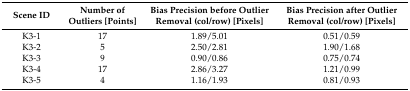
<table><thead><tr><td><b>Scene ID</b></td><td><b>Number of Outliers [Points]</b></td><td><b>Bias Precision before Outlier Removal (col/row) [Pixels]</b></td><td><b>Bias Precision after Outlier Removal (col/row) [Pixels]</b></td></tr></thead><tbody><tr><td>K3-1</td><td>17</td><td>1.89/5.01</td><td>0.51/0.59</td></tr><tr><td>K3-2</td><td>5</td><td>2.50/2.81</td><td>1.90/1.68</td></tr><tr><td>K3-3</td><td>9</td><td>0.90/0.86</td><td>0.75/0.74</td></tr><tr><td>K3-4</td><td>17</td><td>2.86/3.27</td><td>1.21/0.99</td></tr><tr><td>K3-5</td><td>4</td><td>1.16/1.93</td><td>0.81/0.93</td></tr></tbody></table>